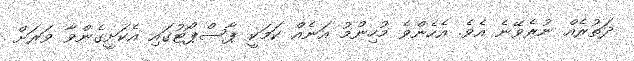
ދަތުރެއް ނުރެވޭނެ އެވެ. އެހެންވެ މުހިންމު އަނެއް ކަމަކީ ޕާސްޕޯޓުގައި އެކަށީގެންވާ ވަރަށް